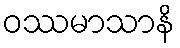
ဝဿမာသာနိ